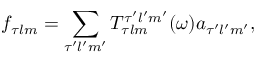
f _ { \tau l m } = \sum _ { \tau ^ { \prime } l ^ { \prime } m ^ { \prime } } T _ { \tau l m } ^ { \tau ^ { \prime } l ^ { \prime } m ^ { \prime } } ( \omega ) a _ { \tau ^ { \prime } l ^ { \prime } m ^ { \prime } } ,